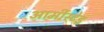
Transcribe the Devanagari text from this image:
आर्मीस्टेड